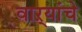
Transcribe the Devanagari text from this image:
वाऱ्यांचे